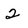
Character: 2